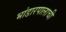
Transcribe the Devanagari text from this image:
भांडारपालाची